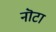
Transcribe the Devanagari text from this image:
नॊटा